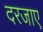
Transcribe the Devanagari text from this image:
दरजाए